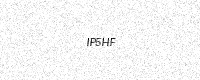
Text: IP5HF